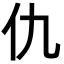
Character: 仇